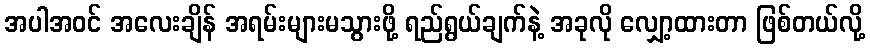
အပါအဝင် အလေးချိန် အရမ်းများမသွားဖို့ ရည်ရွယ်ချက်နဲ့ အခုလို လျှော့ထားတာ ဖြစ်တယ်လို့